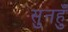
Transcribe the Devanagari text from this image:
सुनहुँ